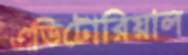
এডিটোরিয়াল